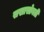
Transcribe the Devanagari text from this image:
सखासोबती